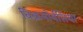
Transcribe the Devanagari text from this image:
विक्रमोर्वसिया